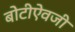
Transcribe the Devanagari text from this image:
बोटीऐवजी